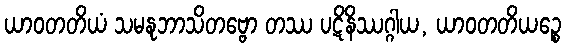
ယာဝတတိယံ သမနုဘာသိတဗ္ဗော တဿ ပဋိနိဿဂ္ဂါယ, ယာဝတတိယဉ္စေ